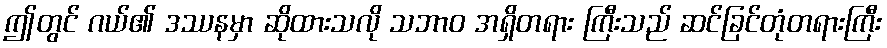
ဤတွင် ဂယ်၏ ဒဿနမှာ ဆိုထားသလို သဘာဝ အရှိတရား ကြီးသည် ဆင်ခြင်တုံတရားကြီး